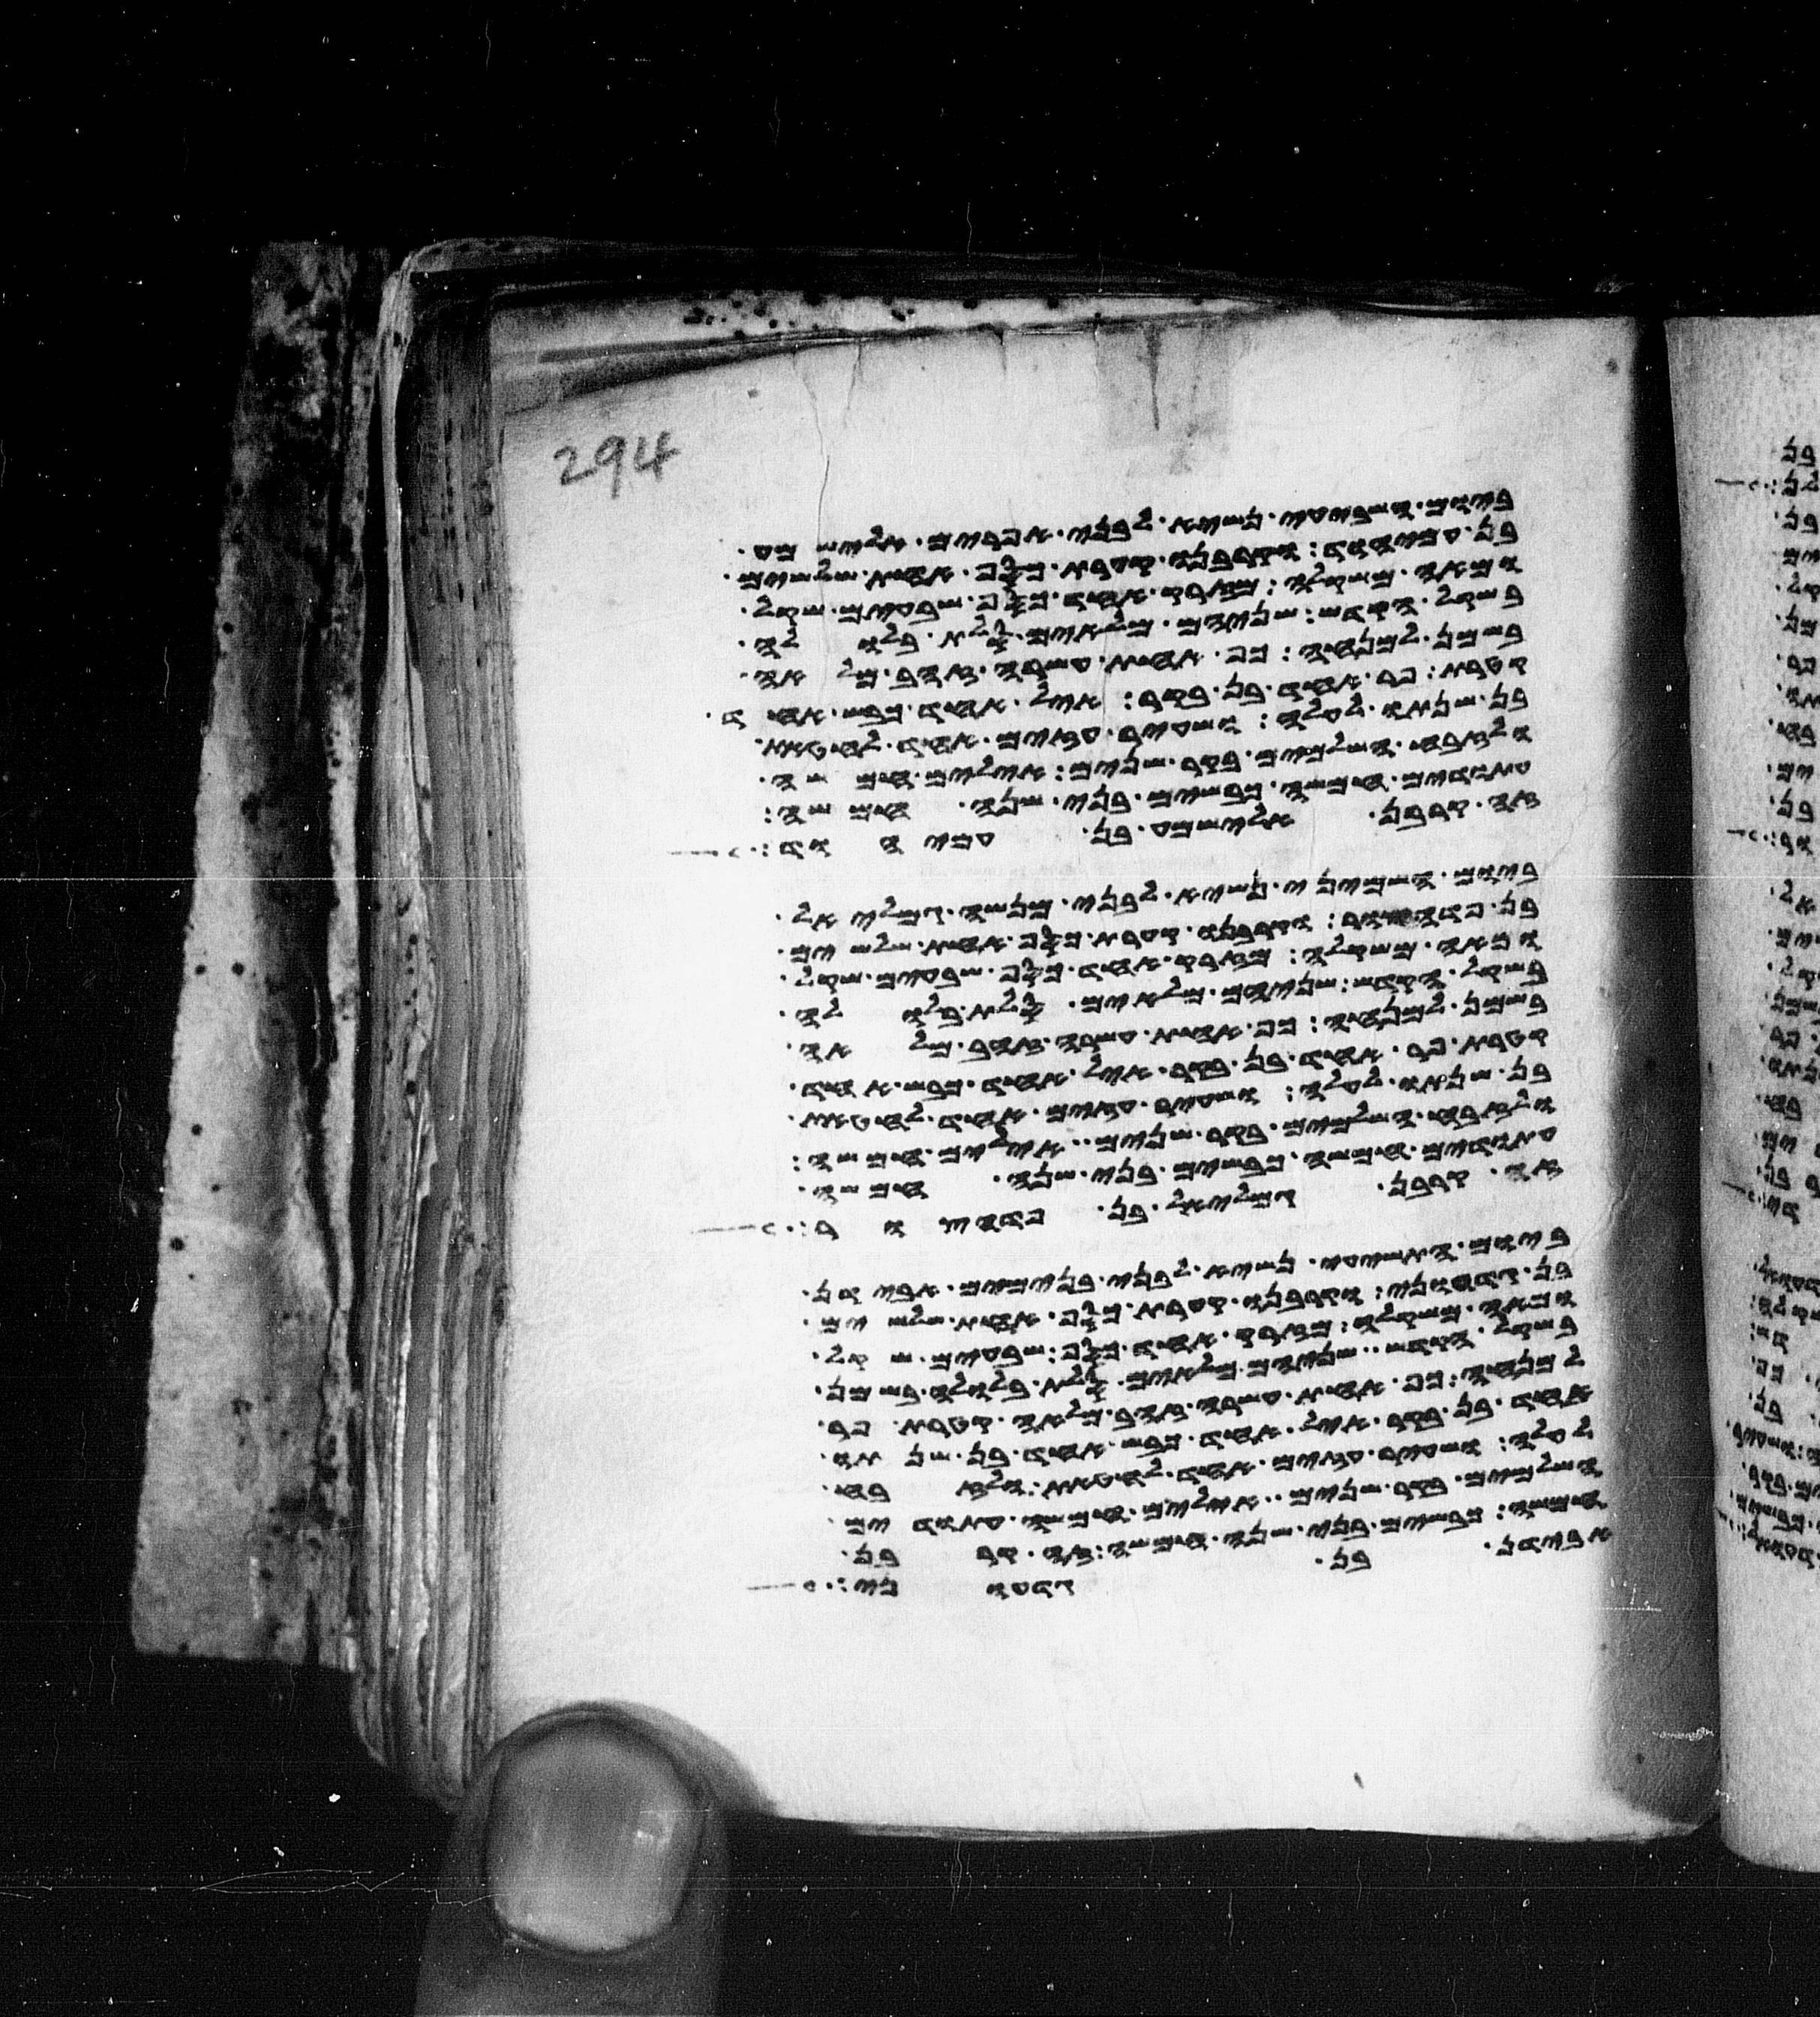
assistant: ביום השביעי נשיא לבני אפרים אלישמע
בן עמיהוד וקרבנו קערת כסף אחת שלשים
ומאה משקלה מזרק אחד כסף שבעים שקל
בשקל הקדש שניהם מלאים סלת בלולה
בשמן למנחה כף אחת עשרה זהב מלאה
קטרת פר אחד בן בקר איל אחד כבש אחד
בן שנתו לעלה ושעיר עזים אחד לחטאת
ולזבח השלמים בקר שנים אילים חמשה
עתודים חמשה כבשים בני שנה חמשה
זה קרבן אלישמע בן עמיהוד
ביום השמיני נשיא לבני מנשה גמלאל
בן פדהצור וקרבנו קערת כסף אחת שלשים
ומאה משקלה מזרק אחד כסף שבעים שקל
בשקל הקדש שניהם מלאים סלת בלולה
בשמן למנחה כף אחת עשרה זהב מלאה
קטרת פר אחד בן בקר איל אחד כבש אחד
בן שנתו לעלה ושעיר עזים אחד לחטאת
ולזבח השלמים בקר שנים אילים חמשה
עתודים חמשה כבשים בני שנה חמשה
זה קרבן גמלאל בן פדהצור
ביום התשעי נשיא לבני בנימים אבידן
בן גדעוני וקרבנו קערת כסף אחת שלשים
ומאה משקלה מזרק אחד כסף שבעים שקל
בשקל הקדש שניהם מלאים סלת בלולה בשמן
למנחה כף אחת עשרה זהב מלאה קטרת פר
אחד בן בקר איל אחד כבש אחד בן שנתו
לעלה ושעיר עזים אחד לחטאת ולזבח
השלמים בקר שנים אילים חמשה עתודים
חמשה כבשים בני שנה חמשה זה קרבן
אבידן בן גדעוני